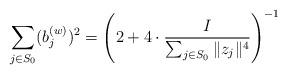
LaTeX: \begin{align*}\sum_{j\in S_0}(b_j^{(w)})^2=\left(2+4\cdot\frac{I}{\sum_{j\in S_0}\|z_j\|^4}\right)^{-1}\end{align*}